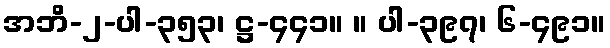
အဘိ-၂-ပါ-၃၅၃၊ ဋ္ဌ-၄၄၁။ ။ ပါ-၃၉၇၊ ၆-၄၉၁။